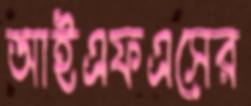
আইএফএসের